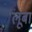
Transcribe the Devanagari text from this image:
लूबा